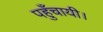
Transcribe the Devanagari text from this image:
पहुँचायी।